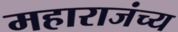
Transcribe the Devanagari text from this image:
महाराजंच्य